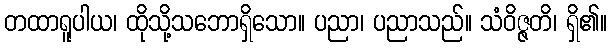
တထာရူပါယ၊ ထိုသို့သဘောရှိသော။ ပညာ၊ ပညာသည်။ သံဝိဇ္ဇတိ၊ ရှိ၏။